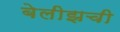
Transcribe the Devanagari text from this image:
बेलीझची